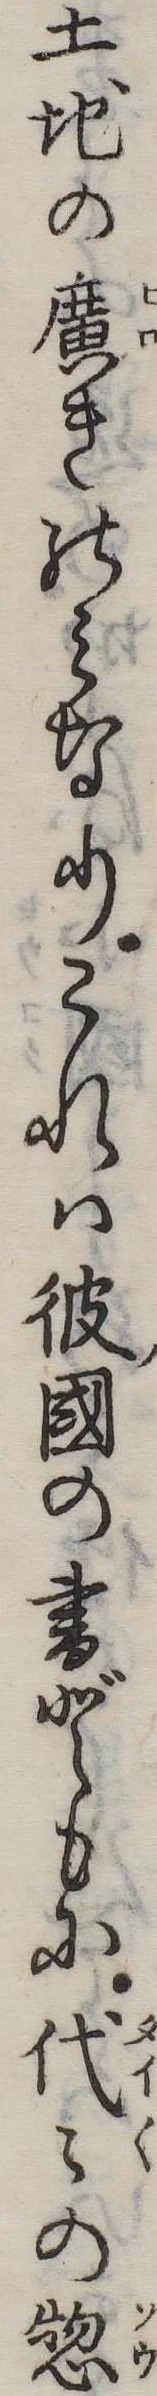
土地の広きのみなりこれは彼国の書どもに代の惣